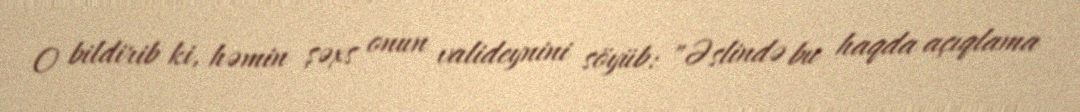
O bildirib ki, həmin şəxs onun valideynini söyüb: "Əslində bu haqda açıqlama